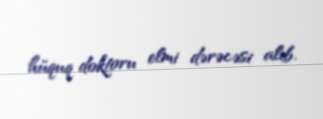
hüquq doktoru elmi dərəcəsi alıb.